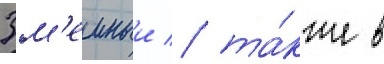
Зм'еиныи / та́кже в